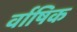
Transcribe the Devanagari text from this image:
र्वाषिक